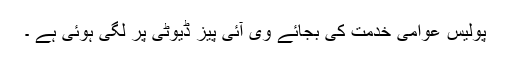
پولیس عوامی خدمت کی بجائے وی آئی پیز ڈیوٹی پر لگی ہوئی ہے ۔